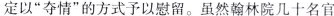
定以”夺情”的方式予以慰留。虽然翰林院几十名官